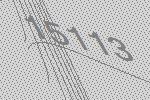
15113